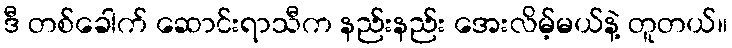
ဒီ တစ်ခေါက် ဆောင်းရာသီက နည်းနည်း အေးလိမ့်မယ်နဲ့ တူတယ်။